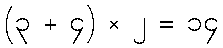
(၃ + ၄) × ၂ = ၁၄